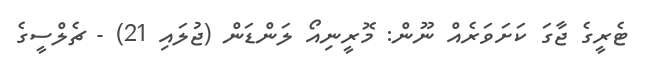
ޓެރީގެ ޖާގަ ކަށަވަރެއް ނޫން: މޮރީނިއޯ ލަންޑަން (ޖުލައި 21) - ޗެލްސީގެ